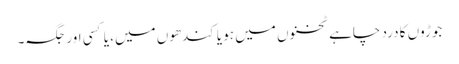
جوڑوں کا درد چاہے ٹخنوں میں ہو یا کندھوں میں، یا کسی اور جگہ۔